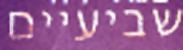
שביעיים